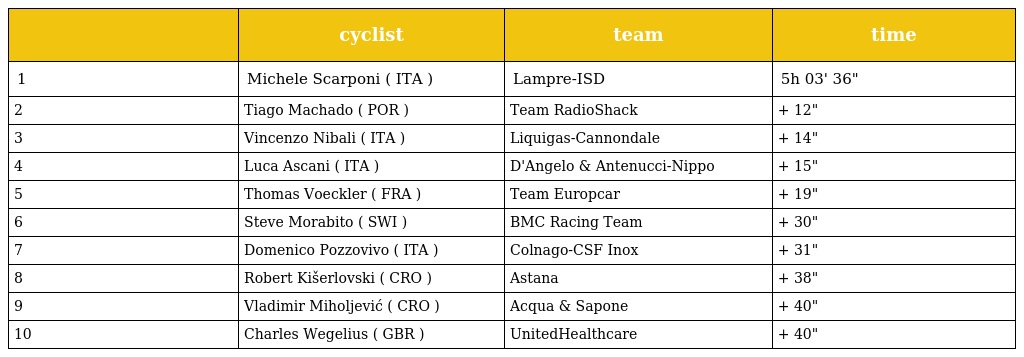
|  | cyclist | team | time |
 | --- | --- | --- | --- |
 | 1 | Michele Scarponi ( ITA ) | Lampre-ISD | 5h 03' 36" |
 | 2 | Tiago Machado ( POR ) | Team RadioShack | + 12" |
 | 3 | Vincenzo Nibali ( ITA ) | Liquigas-Cannondale | + 14" |
 | 4 | Luca Ascani ( ITA ) | D'Angelo & Antenucci-Nippo | + 15" |
 | 5 | Thomas Voeckler ( FRA ) | Team Europcar | + 19" |
 | 6 | Steve Morabito ( SWI ) | BMC Racing Team | + 30" |
 | 7 | Domenico Pozzovivo ( ITA ) | Colnago-CSF Inox | + 31" |
 | 8 | Robert Kišerlovski ( CRO ) | Astana | + 38" |
 | 9 | Vladimir Miholjević ( CRO ) | Acqua & Sapone | + 40" |
 | 10 | Charles Wegelius ( GBR ) | UnitedHealthcare | + 40" |